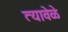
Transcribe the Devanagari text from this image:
त्यावेळे